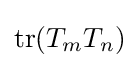
\mathrm {tr} (T_{m}T_{n})